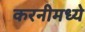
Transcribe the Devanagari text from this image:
करनीमध्ये